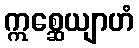
ဣစ္ဆေယျာဟံ